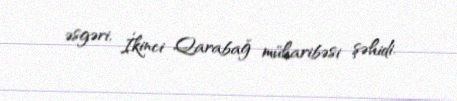
əsgəri, İkinci Qarabağ müharibəsi şəhidi.